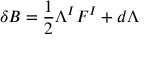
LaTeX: \delta { \cal B } = \frac 1 2 \Lambda ^ { I } { \cal F } ^ { I } + d \Lambda